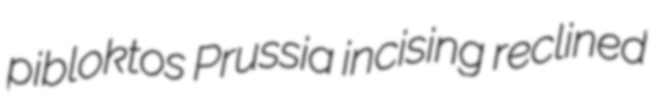
pibloktos Prussia incising reclined